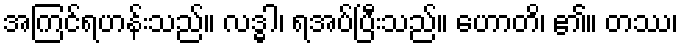
အကြင်ရဟန်းသည်။ လဒ္ဓါ၊ ရအပ်ပြီးသည်။ ဟောတိ၊ ၏။ တဿ၊